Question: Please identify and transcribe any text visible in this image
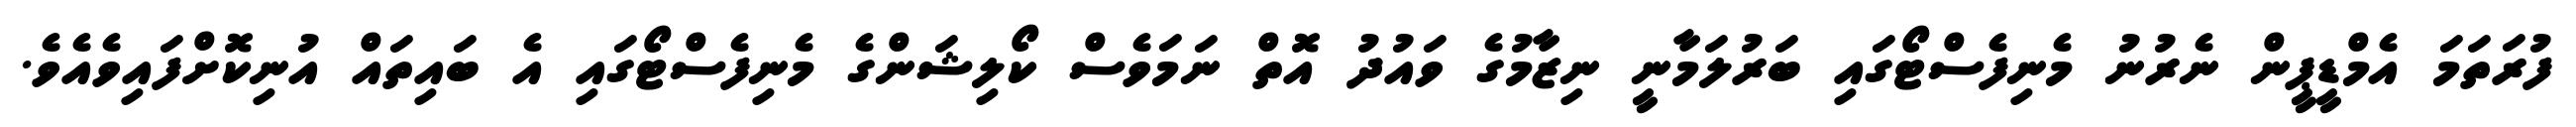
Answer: ފުރަތަމަ އެމްޑީޕީން ނެރުނު މެނިފެސްޓޯގައި ބަރުލަމާނީ ނިޒާމުގެ ވައުދު އޮތް ނަމަވެސް ކޯލިޝަންގެ މެނިފެސްޓޯގައި އެ ބައިތައް އުނިކޮށްފައިވެއެވެ.